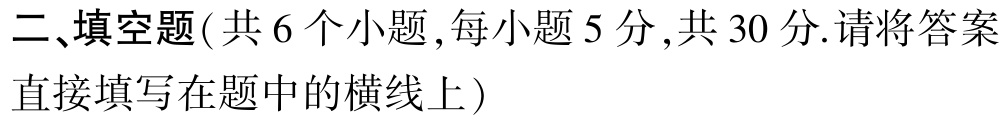
二、填空题( 共 6 个小题 ,每小题 5 分 ,共 30 分.请将答案直接填写在题中的横线上 )